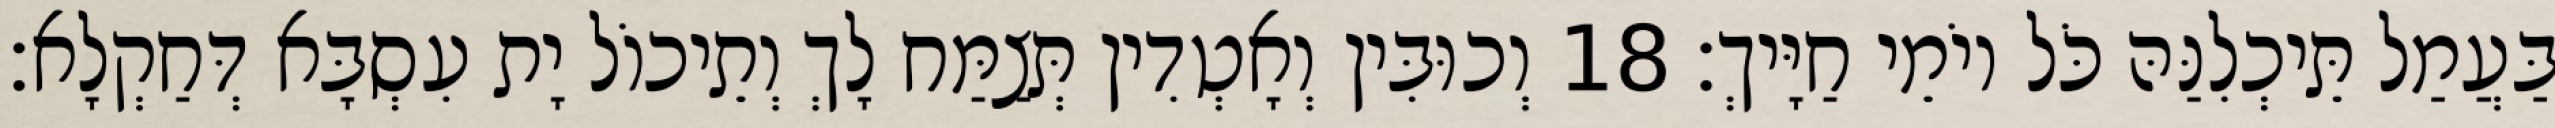
בַּעֲמַל תֵּיכְלִנַּהּ כֹּל יוֹמֵי חַיָּיךְ׃ 18 וְכוּבִּין וְאָטְדִין תְּצַמַּח לָךְ וְתֵיכוֹל יָת עִסְבָּא דְּחַקְלָא׃